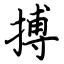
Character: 搏